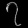
Digit: ၇